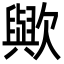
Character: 歟